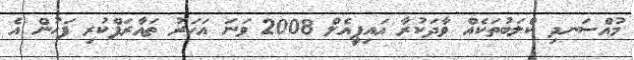
މުއްސަނދި ކްލަބުތަކެއް ވާދަކުރާ އައިޕީއެލް 2008 ވަނަ އަހަރު ތައާރަފްކުރި ފަހުން އެ